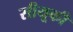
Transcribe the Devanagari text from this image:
सीयूकी